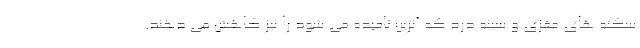
سکته های مغزی و سینه درد که آنژین نامیده می شود را نیز کاهش می دهند.